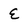
Character: E